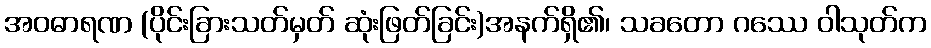
အဝဓာရဏ (ပိုင်းခြားသတ်မှတ် ဆုံးဖြတ်ခြင်း)အနက်ရှိ၏၊ သခတော ဂဿေ ဝါသုတ်က